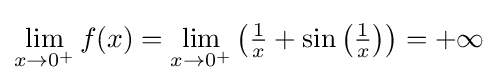
\lim _{x\to 0^{+}}f(x)=\lim _{x\to 0^{+}}\left({\tfrac {1}{x}}+\sin \left({\tfrac {1}{x}}\right)\right)=+\infty